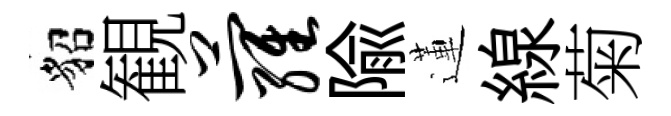
貂観萝隃蓮線菊